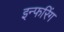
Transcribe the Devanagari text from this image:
इन्फरिंग